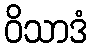
ဝိသာဒံ